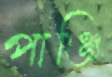
পাঞ্জি